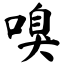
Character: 嗅